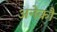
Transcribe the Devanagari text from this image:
अनेकौं